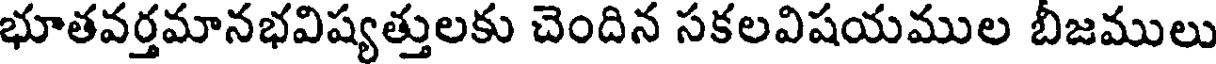
భూతవర్తమానభవిష్యత్తులకు చెందిన సకలవిషయముల బీజములు